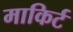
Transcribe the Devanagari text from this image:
माकिर्ट